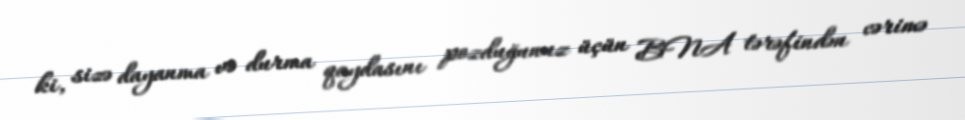
ki, sizə dayanma və durma qaydasını pozduğunuz üçün BNA tərəfindən cərimə